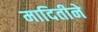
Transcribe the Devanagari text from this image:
मादितीने